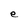
Character: e